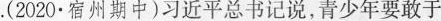
.( 2020宿州期中 )习近平总书记说，青少年要敢于